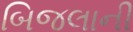
બિજલાની